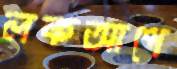
লকআপে